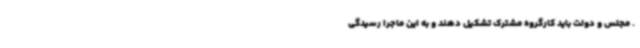
. مجلس و دولت باید کارگروه مشترک تشکیل دهند و به این ماجرا رسیدگی